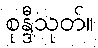
စုန္ဒီသုတ်။